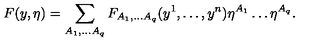
F ( y , \eta ) = \sum _ { A _ { 1 } , \dots A _ { q } } F _ { A _ { 1 } , \dots A _ { q } } ( y ^ { 1 } , \dots , y ^ { n } ) \eta ^ { A _ { 1 } } \dots \eta ^ { A _ { q } } .